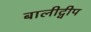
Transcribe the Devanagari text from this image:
बालीद्वीप